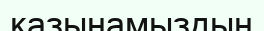
казынамыздың